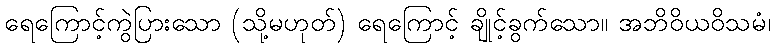
ရေကြောင့်ကွဲပြားသော (သို့မဟုတ်) ရေကြောင့် ချိုင့်ခွက်သော။ အဘိဝိယဝိသမံ၊